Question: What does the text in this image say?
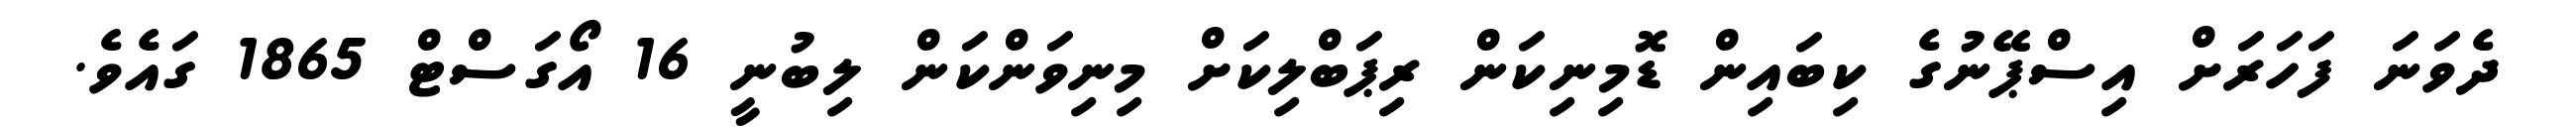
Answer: ދެވަނަ ފަހަރަށް އިސްޕޭނުގެ ކިބައިން ޑޮމިނިކަން ރިޕަބްލިކަށް މިނިވަންކަން ލިބުނީ 16 އޯގަސްޓް 1865 ގައެވެ.